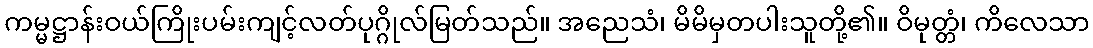
ကမ္မဋ္ဌာန်းဝယ်ကြိုးပမ်းကျင့်လတ်ပုဂ္ဂိုလ်မြတ်သည်။ အညေသံ၊ မိမိမှတပါးသူတို့၏။ ဝိမုတ္တံ၊ ကိလေသာ